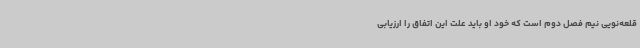
قلعه‌نویی نیم فصل دوم است که خود او باید علت این اتفاق را ارزیابی